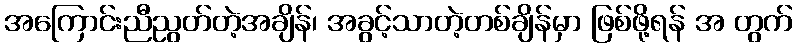
အကြောင်းညီညွတ်တဲ့အချိန်၊ အခွင့်သာတဲ့တစ်ချိန်မှာ ဖြစ်ဖို့ရန် အ တွက်